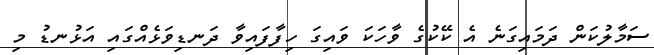
ސަމާލުކަން ދަމައިގަނެ އެ ކޭކުގެ ވާހަކަ ވައިގަ ހިފާފައިވާ ދަނޑިވަޅެއްގައި އަޅުނޑު މި